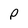
Character: p